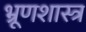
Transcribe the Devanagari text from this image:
भ्रूणशास्त्र